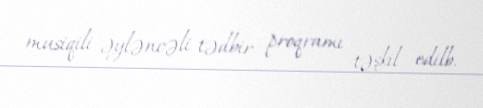
musiqili-əyləncəli tədbir proqramı təşkil edilb.